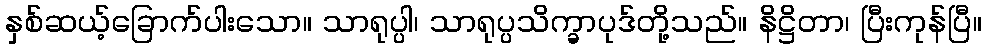
နှစ်ဆယ့်ခြောက်ပါးသော။ သာရုပ္ပါ၊ သာရုပ္ပသိက္ခာပုဒ်တို့သည်။ နိဋ္ဌိတာ၊ ပြီးကုန်ပြီ။